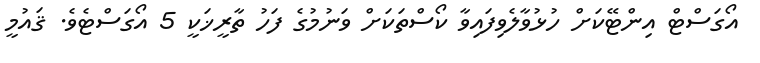
އޯގަސްޓް އިންޓޭކަށް ހުޅުވާލެވިފައިވާ ކޯސްތަކަށް ވަނުމުގެ ފަހު ތާރީޚަކީ 5 އޯގަސްޓެވެ. ޤައުމީ